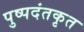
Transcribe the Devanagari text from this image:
पुष्पदंतकृत